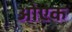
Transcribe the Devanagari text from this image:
ओएक